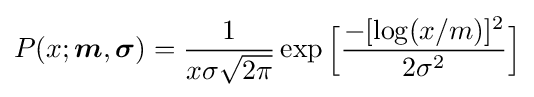
P(x;{\boldsymbol {m}},{\boldsymbol {\sigma }})={\frac {1}{x\sigma {\sqrt {2\pi }}}}\exp {\Big [}{\frac {-[\log(x/m)]^{2}}{2\sigma ^{2}}}{\Big ]}